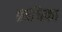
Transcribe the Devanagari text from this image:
प्रबंधिका